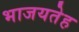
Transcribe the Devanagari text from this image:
भाजयतेह